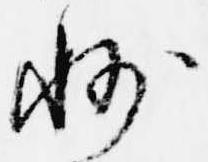
州